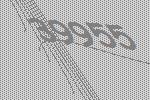
39955